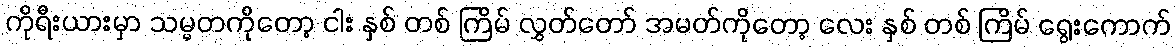
ကိုရီးယားမှာ သမ္မတကိုတော့ ငါး နှစ် တစ် ကြိမ် လွှတ်တော် အမတ်ကိုတော့ လေး နှစ် တစ် ကြိမ် ရွေးကောက်